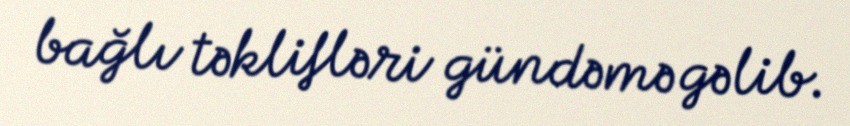
bağlı təklifləri gündəmə gəlib.